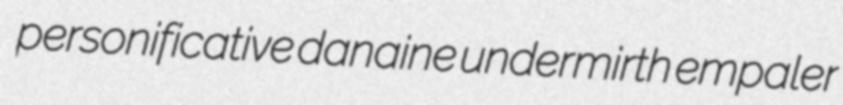
personificative danaine undermirth empaler